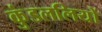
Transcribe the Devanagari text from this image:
कुंडललियों